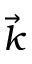
\vec { k }